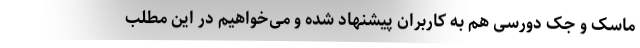
ماسک و جک دورسی هم به کاربران پیشنهاد شده و می‌خواهیم در این مطلب